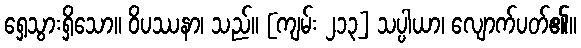
ရှေ့သွားရှိသော။ ဝိပဿနာ၊ သည်။ [ကျမ်း ၂၁၃] သပ္ပါယာ၊ လျောက်ပတ်၏။